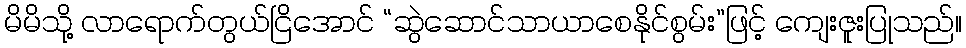
မိမိသို့ လာရောက်တွယ်ငြိအောင် “ဆွဲဆောင်သာယာစေနိုင်စွမ်း”ဖြင့် ကျေးဇူးပြုသည်။